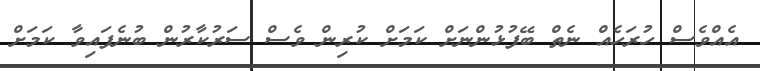
އެއްވެސް ހުރަހެއް ނެތް ބޭފުޅުންނަށް ކަަމަށް ކުރިން ވެސް ސަރުކާރުން ބުނެފައިވާ ކަމަށް